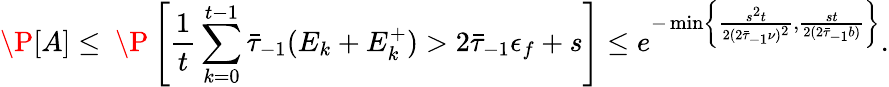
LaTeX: \P[A]\leq\ \P\left[\frac{1}{t}\sum_{k=0}^{t-1}\bar{\tau}_{-1}(E_{k}+E_{k}^{+})>2\bar{\tau}_{-1}\epsilon_{f}+s\right]\leq e^{-\operatorname*{min}\left\{ \frac{s^{2}t}{2(2\bar{\tau}_{-1}\nu)^{2}},\frac{st}{2(2\bar{\tau}_{-1}b)}\right\} }.